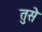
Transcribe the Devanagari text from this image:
तुसे